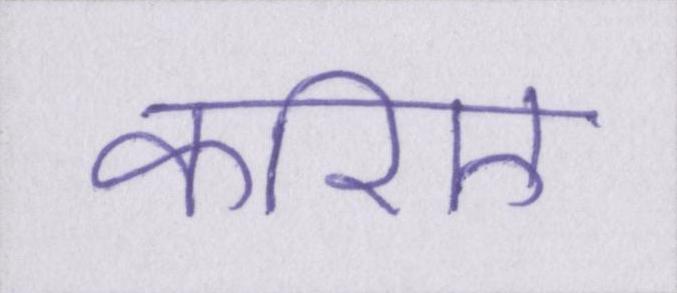
करिए